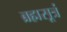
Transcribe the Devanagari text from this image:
ब्रह्मसूत्रं